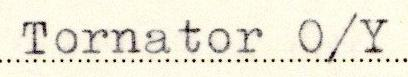
Tornator O/Y